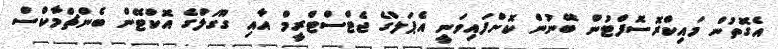
އެގޮތުން މައިކްރޮސޮފްޓުން ބޭނުން ކޮށްފައިވަނީ އެޕަލްގެ ޖެޓްސްޓްރީމް އާއި ގޫގަލްގެ އޮކްޓޭން ބެންޗްމާކްސް